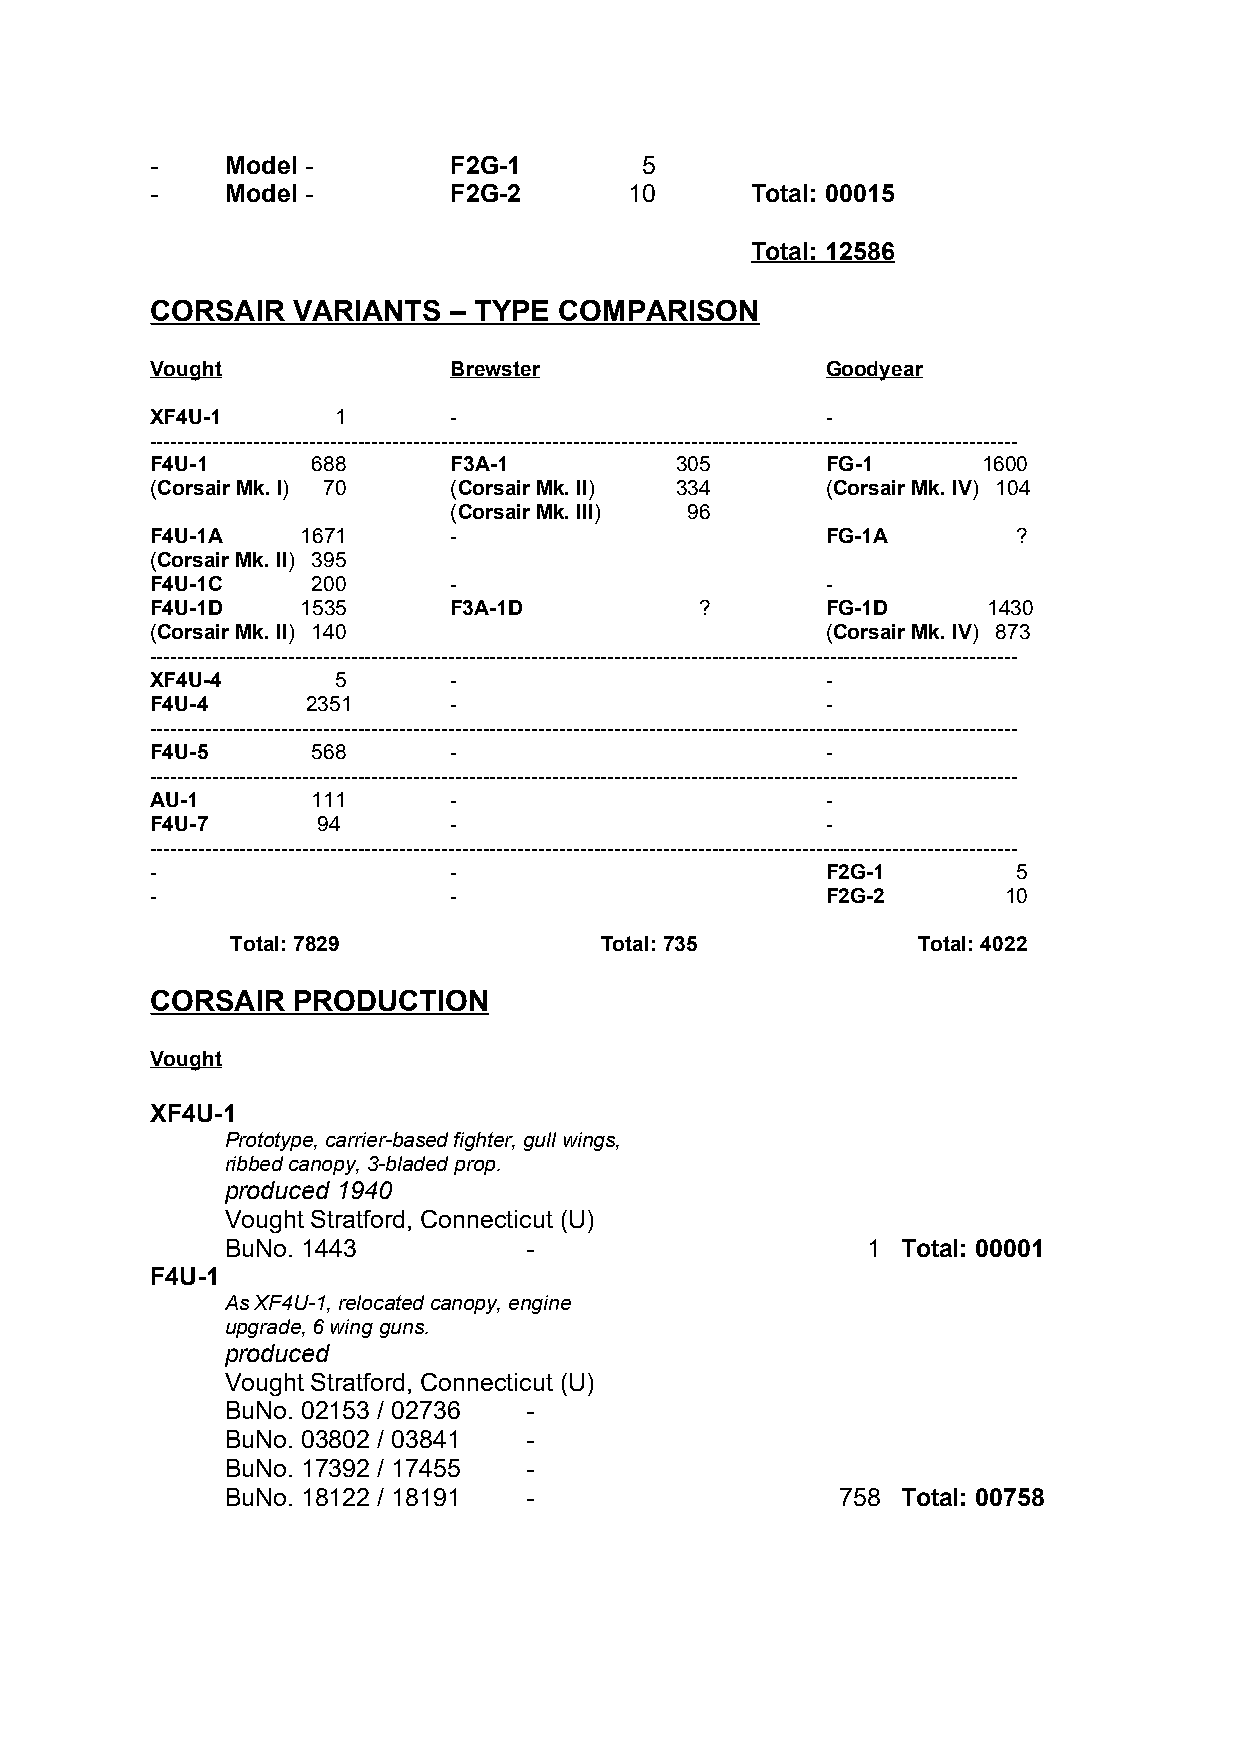
-    Model -        F2G-1       5
 -    Model -        F2G-2       10      Total: 00015
 Total: 12586
 CORSAIR  VARIANTS   – TYPE COMPARISON
 Vought              Brewster                 Goodyear
 XF4U-1      1       -                        -
 -----------------------------------------------------------------------------------------------------------------------------
 F4U-1      688      F3A-1          305       FG-1      1600
 (Corsair Mk. I) 70  (Corsair Mk. II) 334     (Corsair Mk. IV) 104
 (Corsair Mk. III) 96
 F4U-1A    1671      -                        FG-1A       ?
 (Corsair Mk. II) 395
 F4U-1C     200      -                        -
 F4U-1D    1535      F3A-1D          ?        FG-1D     1430
 (Corsair Mk. II) 140                         (Corsair Mk. IV) 873
 -----------------------------------------------------------------------------------------------------------------------------
 XF4U-4      5       -                        -
 F4U-4     2351      -                        -
 -----------------------------------------------------------------------------------------------------------------------------
 F4U-5      568      -                        -
 -----------------------------------------------------------------------------------------------------------------------------
 AU-1       111      -                        -
 F4U-7      94       -                        -
 -----------------------------------------------------------------------------------------------------------------------------
 -                   -                        F2G-1       5
 -                   -                        F2G-2      10
 Total: 7829              Total: 735           Total: 4022
 CORSAIR  PRODUCTION
 Vought
 XF4U-1
 Prototype, carrier-based fighter, gull wings,
 ribbed canopy, 3-bladed prop.
 produced 1940
 Vought Stratford, Connecticut (U)
 BuNo. 1443          -                     1  Total: 00001
 F4U-1
 As XF4U-1, relocated canopy, engine
 upgrade, 6 wing guns.
 produced
 Vought Stratford, Connecticut (U)
 BuNo. 02153 / 02736 -
 BuNo. 03802 / 03841 -
 BuNo. 17392 / 17455 -
 BuNo. 18122 / 18191 -                    758 Total: 00758